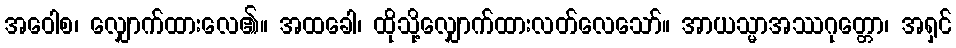
အဝေါစ၊ လျှောက်ထားလေ၏။ အထခေါ၊ ထိုသို့လျှောက်ထားလတ်လေသော်။ အာယသ္မာအဿဂုတ္တော၊ အရှင်